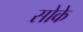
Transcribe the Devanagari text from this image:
सोके